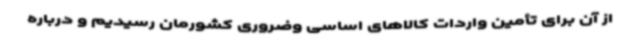
از آن برای تأمین واردات کالاهای اساسی وضروری کشورمان رسیدیم و درباره